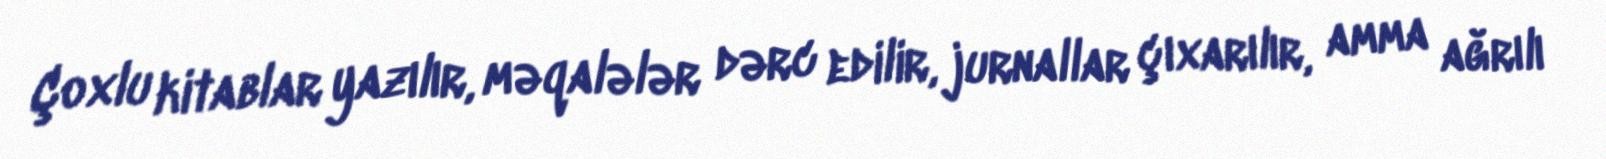
Çoxlu kitablar yazılır, məqalələr dərc edilir, jurnallar çıxarılır, amma ağrılı